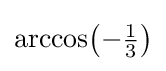
{\arccos }{\bigl (}{-{\tfrac {1}{3}}}{\bigr )}